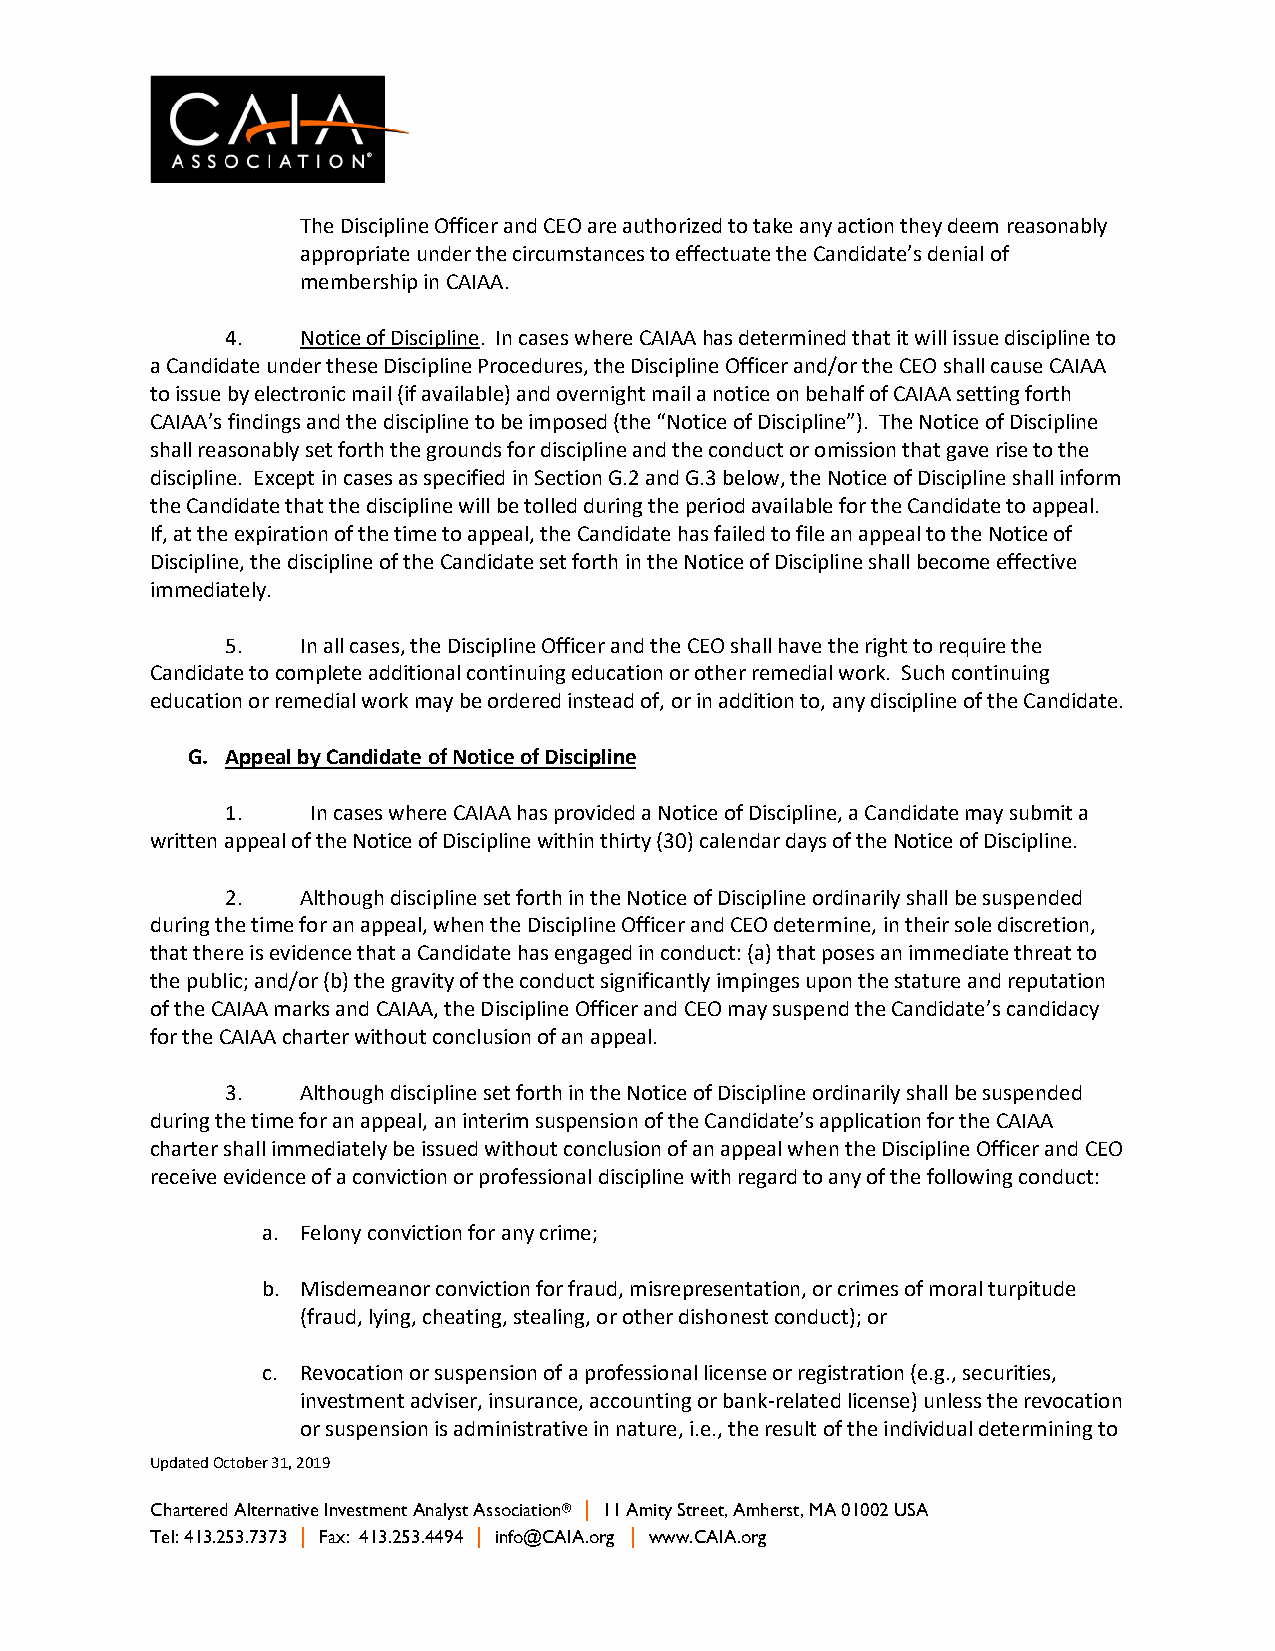
The Discipline Officer and CEO are authorized to take any action they deem reasonably
 appropriate under the circumstances to effectuate the Candidate’s denial of
 membership in CAIAA.
 4.   Notice of Discipline. In cases where CAIAA has determined that it will issue discipline to
 a Candidate under these Discipline Procedures, the Discipline Officer and/or the CEO shall cause CAIAA
 to issue by electronic mail (if available) and overnight mail a notice on behalf of CAIAA setting forth
 CAIAA’s findings and the discipline to be imposed (the “Notice of Discipline”). The Notice of Discipline
 shall reasonably set forth the grounds for discipline and the conduct or omission that gave rise to the
 discipline. Except in cases as specified in Section G.2 and G.3 below, the Notice of Discipline shall inform
 the Candidate that the discipline will be tolled during the period available for the Candidate to appeal.
 If, at the expiration of the time to appeal, the Candidate has failed to file an appeal to the Notice of
 Discipline, the discipline of the Candidate set forth in the Notice of Discipline shall become effective
 immediately.
 5.   In all cases, the Discipline Officer and the CEO shall have the right to require the
 Candidate to complete additional continuing education or other remedial work. Such continuing
 education or remedial work may be ordered instead of, or in addition to, any discipline of the Candidate.
 G. Appeal by Candidate of Notice of Discipline
 1.    In cases where CAIAA has provided a Notice of Discipline, a Candidate may submit a
 written appeal of the Notice of Discipline within thirty (30) calendar days of the Notice of Discipline.
 2.   Although discipline set forth in the Notice of Discipline ordinarily shall be suspended
 during the time for an appeal, when the Discipline Officer and CEO determine, in their sole discretion,
 that there is evidence that a Candidate has engaged in conduct: (a) that poses an immediate threat to
 the public; and/or (b) the gravity of the conduct significantly impinges upon the stature and reputation
 of the CAIAA marks and CAIAA, the Discipline Officer and CEO may suspend the Candidate’s candidacy
 for the CAIAA charter without conclusion of an appeal.
 3.   Although discipline set forth in the Notice of Discipline ordinarily shall be suspended
 during the time for an appeal, an interim suspension of the Candidate’s application for the CAIAA
 charter shall immediately be issued without conclusion of an appeal when the Discipline Officer and CEO
 receive evidence of a conviction or professional discipline with regard to any of the following conduct:
 a. Felony conviction for any crime;
 b. Misdemeanor conviction for fraud, misrepresentation, or crimes of moral turpitude
 (fraud, lying, cheating, stealing, or other dishonest conduct); or
 c. Revocation or suspension of a professional license or registration (e.g., securities,
 investment adviser, insurance, accounting or bank-related license) unless the revocation
 or suspension is administrative in nature, i.e., the result of the individual determining to
 Updated October 31, 2019
 Chartered Alternative Investment Analyst Association® | 11 Amity Street, Amherst, MA 01002 USA
 Tel: 413.253.7373 | Fax: 413.253.4494 | info@CAIA.org | www.CAIA.org